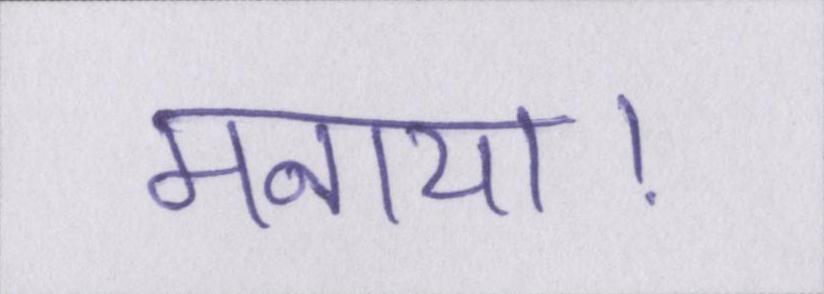
मनाया।